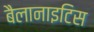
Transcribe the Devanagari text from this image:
बैलानाइटिस